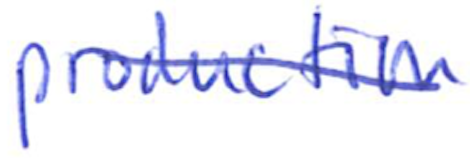
Text: production
Cross-out: diagonal
Writing tool: ballpoint